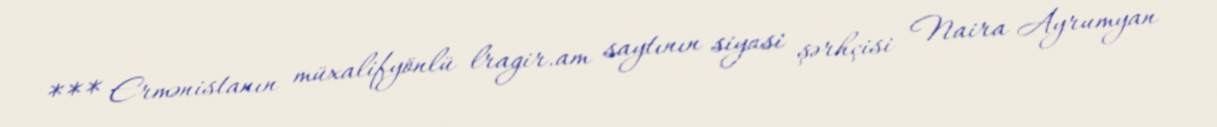
*** Ermənistanın müxalifyönlü lragir.am saytının siyasi şərhçisi Naira Ayrumyan